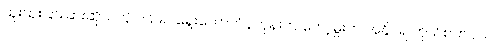
ထူးထူးခြားခြားဆိုသလို ၁၉၉၀ ရွေးကောက်ပွဲတုန်းက ကော့မှူးက အနိုင်ရ ကိုယ်စားလှယ်